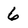
Character: 6